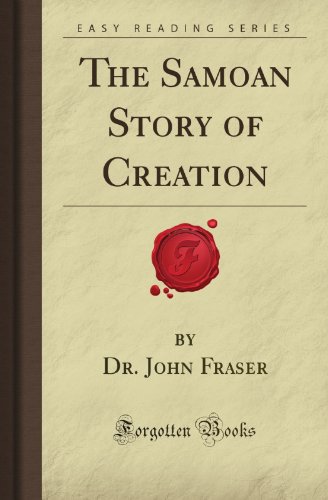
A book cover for The Samoan Story of Creation (Forgotten Books); Dr. John Drake Fraser; History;